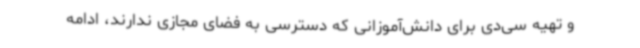
و تهیه سی‌دی برای دانش‌آموزانی که دسترسی به فضای مجازی ندارند، ادامه